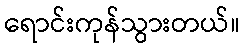
ရောင်းကုန်သွားတယ်။